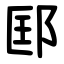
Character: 邼